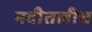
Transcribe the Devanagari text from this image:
नदीतलीच